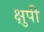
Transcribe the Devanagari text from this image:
क्षुपी